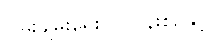
ငြိမ်းချမ်းရေးလုပ်ငန်းစဉ်နှင့်